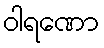
ဝါရဏော